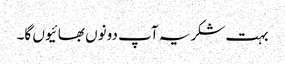
بہت شکریہ آپ دونوں بھائیوں گا۔